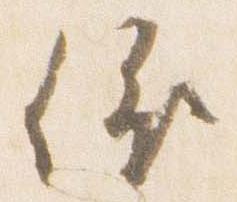
依